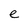
Character: e